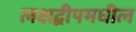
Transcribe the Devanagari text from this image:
लक्षद्वीपमधील